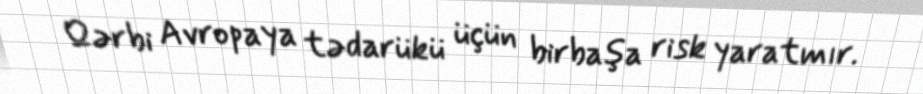
Qərbi Avropaya tədarükü üçün birbaşa risk yaratmır.